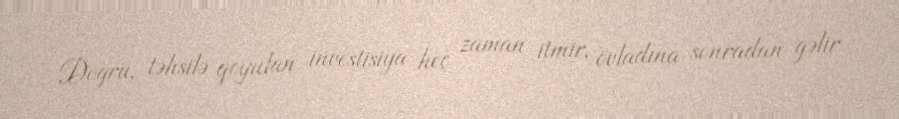
Doğru, təhsilə qoyulan investisiya heç zaman itmir, övladına sonradan gəlir